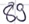
Text: 89